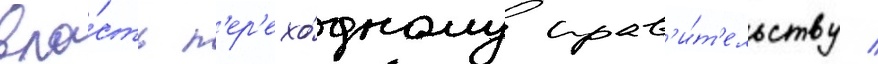
вла́сть п'ер'ехо́дному прав'и́т'ельству /